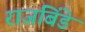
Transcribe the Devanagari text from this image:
राजबिंडे